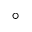
^ \circ